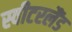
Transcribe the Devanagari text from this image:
स्‍वीटरलैंड